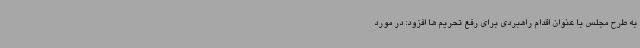
به طرح مجلس با عنوان اقدام راهبردی برای رفع تحریم ها افزود: در مورد